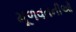
મૂળવતનીઓ